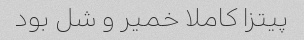
پیتزا کاملا خمیر و شل بود